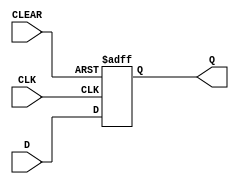
module myDFFNC (output reg Q, input D, CLK, CLEAR);
	parameter [0:0] INIT = 1'b0;
	initial Q = INIT;
	always @(negedge CLK or posedge CLEAR) begin
		if(CLEAR)
			Q <= 1'b0;
		else
			Q <= D;
	end
endmodule